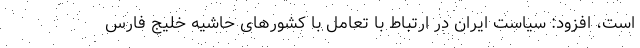
است، افزود: سیاست ایران در ارتباط با تعامل با کشورهای حاشیه خلیج فارس